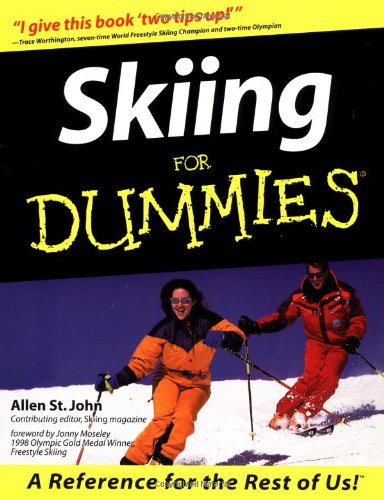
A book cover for Skiing For Dummies; Allen St.John; Sports & Outdoors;